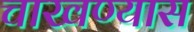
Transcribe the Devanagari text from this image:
चाखण्यास